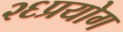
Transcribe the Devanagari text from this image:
२६प्रयोग